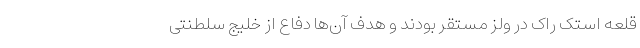
قلعه استک راک در ولز مستقر بودند و هدف آن‌ها دفاع از خلیج سلطنتی